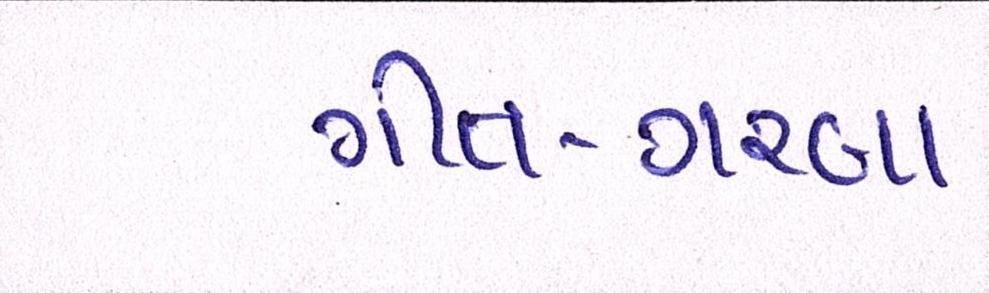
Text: ગીત-ગરબા